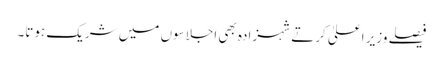
فیصلے وزیر اعلیٰ کرتے شہزادہ بھی اجلاسوں میں شریک ہوتا۔